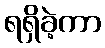
ရရှိခဲ့ကာ